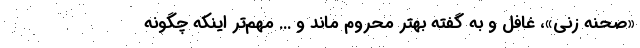
«صحنه زنی»، غافل و به گفته بهتر محروم ماند و ... مهم‌تر اینکه چگونه